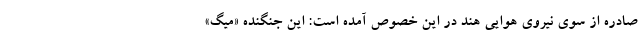
صادره از سوی نیروی هوایی هند در این خصوص آمده است: این جنگنده «میگ»